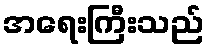
အရေးကြီးသည်